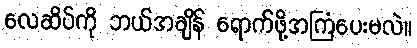
လေဆိပ်ကို ဘယ်အချိန် ရောက်ဖို့အကြံပေးမလဲ။